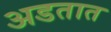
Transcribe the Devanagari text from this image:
अडतात